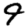
Digit: 9